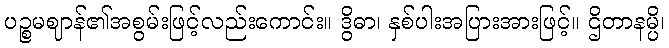
ပဉ္စမဈာန်၏အစွမ်းဖြင့်လည်းကောင်း။ ဒွိဓာ၊ နှစ်ပါးအပြားအားဖြင့်။ ဌိတာနမ္ပိ၊